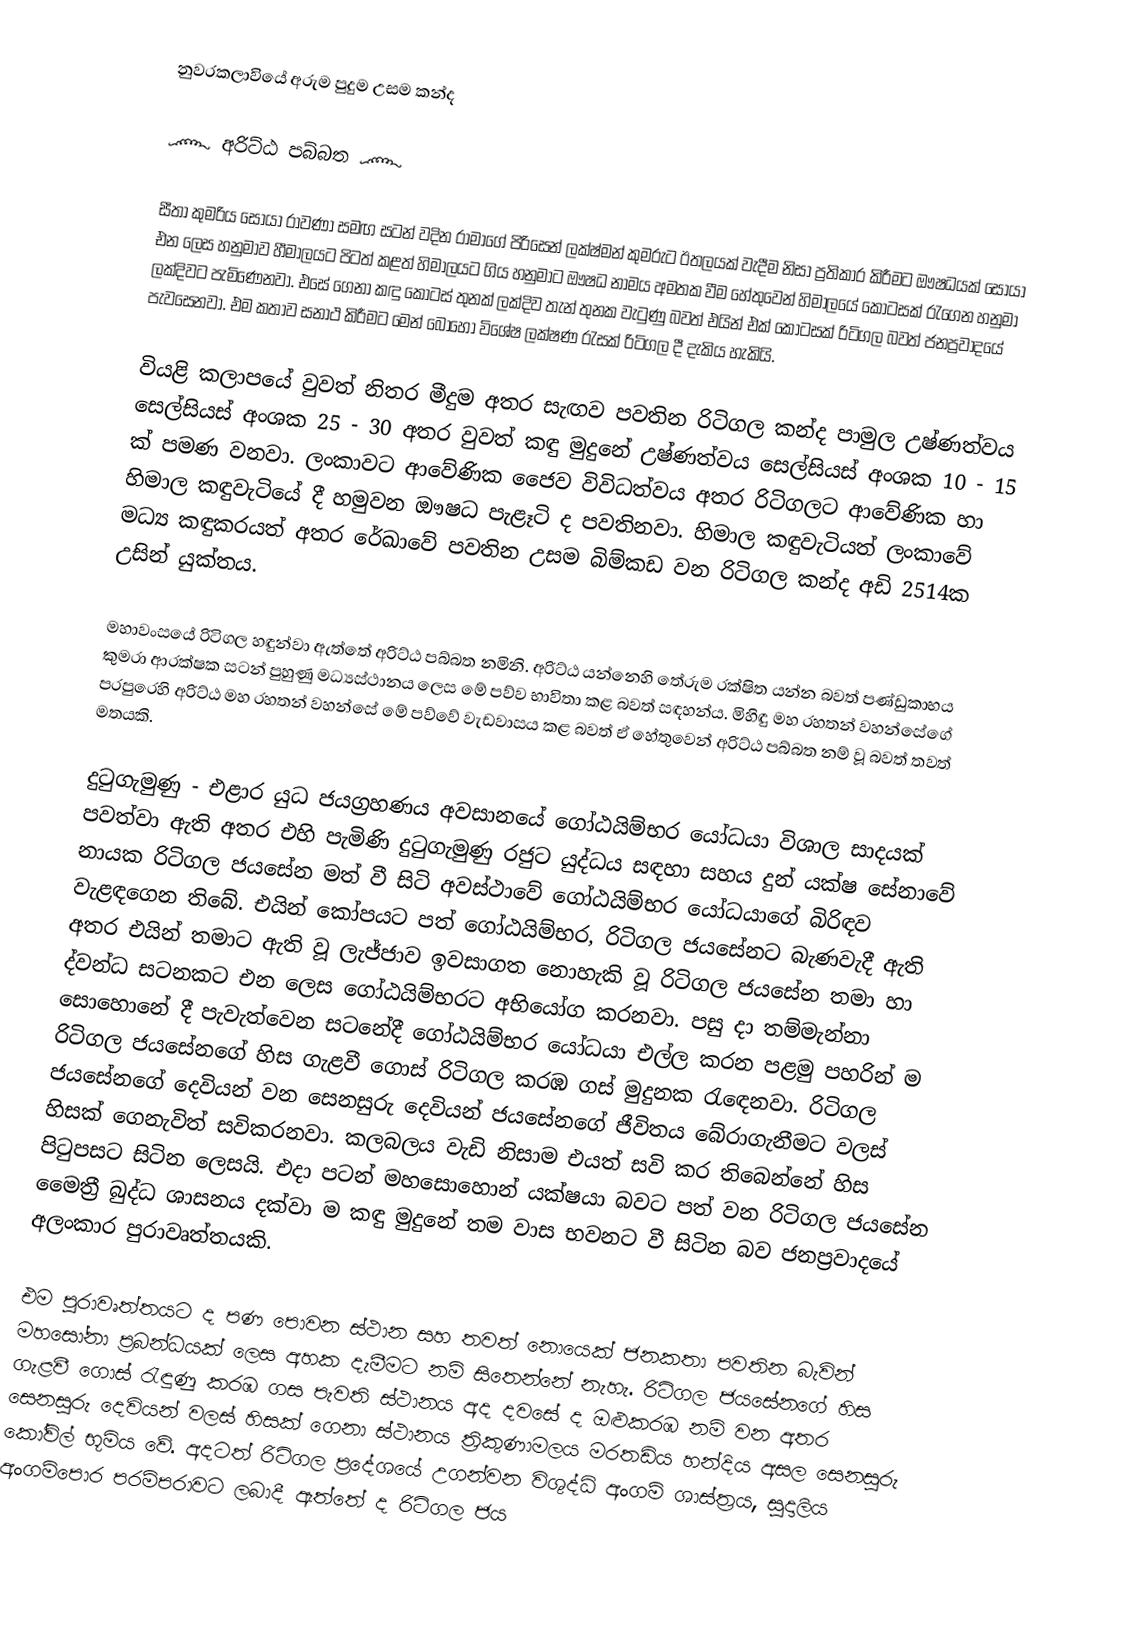
නුවරකලාවියේ අරුම පුදුම උසම කන්ද

      ෴ අරිට්ඨ පබ්බත ෴

   සීතා කුමරිය සොයා රාවණා සමඟ සටන් වදින රාමාගේ පිරිසෙන් ලක්ෂ්මන් කුමරුට ඊතලයක් වැදීම නිසා ප්‍රතිකාර කිරීමට ඖෂධයක් සොයා එන ලෙස හනුමාව හීමාලයට පිටත් කළත් හිමාලයට ගිය හනුමාට ඖෂධ නාමය අමතක වීම හේතුවෙන් හිමාලයේ කොටසක් රැගෙන හනුමා ලක්දිවට පැමිණෙනවා. එසේ ගෙනා කඳු කොටස් තුනක් ලක්දිව තැන් තුනක වැටුණු බවත් එයින් එක් කොටසක් රිටිගල බවත් ජනප්‍රවාදයේ පැවසෙනවා. එම කතාව සනාථ කිරීමට මෙන් බොහෝ විශේෂ ලක්ෂණ රැසක් රිටිගල දී දැකිය හැකියි.

   වියළි කලාපයේ වුවත් නිතර මීදුම අතර සැඟව පවතින රිටිගල කන්ද පාමුල උෂ්ණත්වය සෙල්සියස් අංශක 25 - 30 අතර වුවත් කඳු මුදුනේ උෂ්ණත්වය සෙල්සියස් අංශක 10 - 15 ක් පමණ වනවා. ලංකාවට ආවේණික ජෛව විවිධත්වය අතර රිටිගලට ආවේණික හා හිමාල කඳුවැටියේ දී හමුවන ඖෂධ පැළෑටි ද පවතිනවා. හිමාල කඳුවැටියත් ලංකාවේ මධ්‍ය කඳුකරයත් අතර රේඛාවේ පවතින උසම බිම්කඩ වන රිටිගල කන්ද අඩි 2514ක උසින් යුක්තය.

   මහාවංසයේ රිටිගල හඳුන්වා ඇත්තේ අරිට්ඨ පබ්බත නමිනි. අරිට්ඨ යන්නෙහි තේරුම රක්ෂිත යන්න බවත් පණ්ඩුකාභය කුමරා ආරක්ෂක සටන් පුහුණු මධ්‍යස්ථානය ලෙස මේ පව්ව භාවිතා කළ බවත් සඳහන්ය. මිහිඳු මහ රහතන් වහන්සේගේ පරපුරෙහි අරිට්ඨ මහ රහතන් වහන්සේ මේ පව්වේ වැඩවාසය කළ බවත් ඒ හේතුවෙන් අරිට්ඨ පබ්බත නම් වූ බවත් තවත් මතයකි.

   දුටුගැමුණු - එළාර යුධ ජයග්‍රහණය අවසානයේ ගෝඨයිම්භර යෝධයා විශාල සාදයක් පවත්වා ඇති අතර එහි පැමිණි දුටුගැමුණු රජුට යුද්ධය සඳහා සහය දුන් යක්ෂ සේනාවේ නායක රිටිගල ජයසේන මත් වී සිටි අවස්ථාවේ ගෝඨයිම්භර යෝධයාගේ බිරිඳව වැළඳගෙන තිබේ. එයින් කෝපයට පත් ගෝඨයිම්භර, රිටිගල ජයසේනට බැණවැදී ඇති අතර එයින් තමාට ඇති වූ ලැජ්ජාව ඉවසාගත නොහැකි වූ රිටිගල ජයසේන තමා හා ද්වන්ධ සටනකට එන ලෙස ගෝඨයිම්භරට අභියෝග කරනවා. පසු දා තම්මැන්නා සොහොනේ දී පැවැත්වෙන සටනේදී ගෝඨයිම්භර යෝධයා එල්ල කරන පළමු පහරින් ම රිටිගල ජයසේනගේ හිස ගැළවී ගොස් රිටිගල කරඹ ගස් මුදුනක රැඳෙනවා. රිටිගල ජයසේනගේ දෙවියන් වන සෙනසුරු දෙවියන් ජයසේනගේ ජීවිතය බේරාගැනීමට වලස් හිසක් ගෙනැවිත් සවිකරනවා. කලබලය වැඩි නිසාම එයත් සවි කර තිබෙන්නේ හිස පිටුපසට සිටින ලෙසයි. එදා පටන් මහසොහොන් යක්ෂයා බවට පත් වන රිටිගල ජයසේන මෛත්‍රී බුද්ධ ශාසනය දක්වා ම කඳු මුදුනේ තම වාස භවනට වී සිටින බව ජනප්‍රවාදයේ අලංකාර පුරාවෘත්තයකි.

   එම පුරාවෘත්තයට ද පණ පොවන ස්ථාන සහ තවත් නොයෙක් ජනකතා පවතින බැවින් මහසෝනා ප්‍රබන්ධයක් ලෙස අහක දැමීමට නම් සිතෙන්නේ නැහැ. රිටිගල ජයසේනගේ හිස ගැළවී ගොස් රැඳුණු කරඹ ගස පැවති ස්ථානය අද දවසේ ද ඔළුකරඹ නම් වන අතර සෙනසුරු දෙවියන් වලස් හිසක් ගෙනා ස්ථානය ත්‍රිකුණාමලය මරතඩිය හන්දිය අසල සෙනසුරු කෝවිල් භූමිය වේ. අදටත් රිටිගල ප්‍රදේශයේ උගන්වන විශුද්ධි අංගම් ශාස්ත්‍රය, සුදාලිය අංගම්පොර පරම්පරාවට ලබාදී ඇත්තේ ද රිටිගල ජය